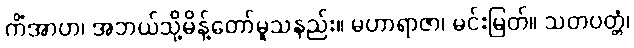
ကိံအာဟ၊ အဘယ်သို့မိန့်တော်မူသနည်း။ မဟာရာဇာ၊ မင်းမြတ်။ သတပတ္တံ၊